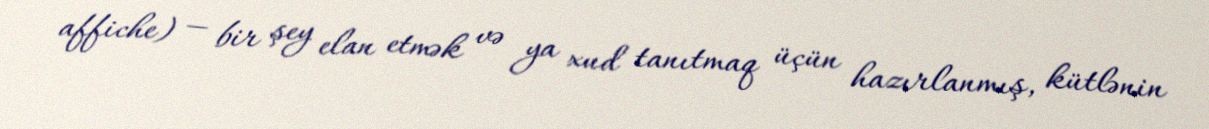
affiche) — bir şey elan etmək və ya xud tanıtmaq üçün hazırlanmış, kütlənin